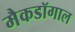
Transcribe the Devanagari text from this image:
मैकडॉगाल